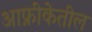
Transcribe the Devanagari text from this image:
आफ्रीकेतील